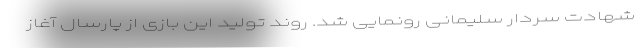
شهادت سردار سلیمانی رونمایی شد. روند تولید این بازی از پارسال آغاز